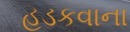
હડકવાના